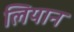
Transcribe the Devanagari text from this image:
लियान